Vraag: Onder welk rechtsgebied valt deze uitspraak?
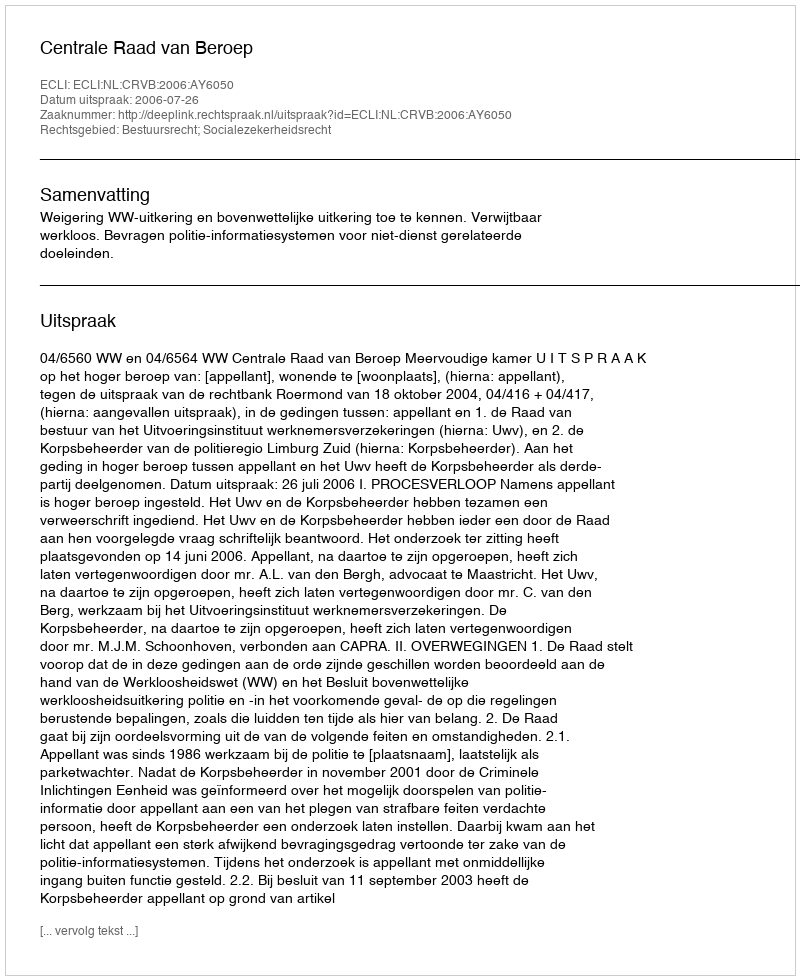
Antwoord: Bestuursrecht; Socialezekerheidsrecht